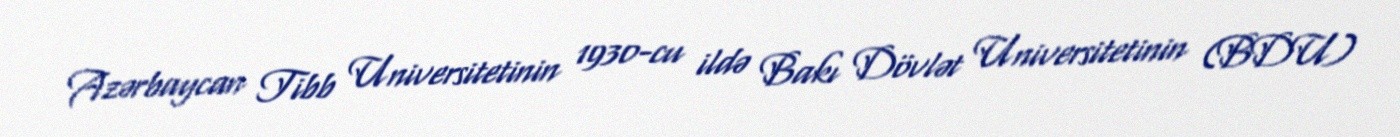
Azərbaycan Tibb Universitetinin 1930-cu ildə Bakı Dövlət Universitetinin (BDU)